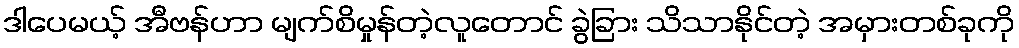
ဒါပေမယ့် အီဗန်ဟာ မျက်စိမှုန်တဲ့လူတောင် ခွဲခြား သိသာနိုင်တဲ့ အမှားတစ်ခုကို